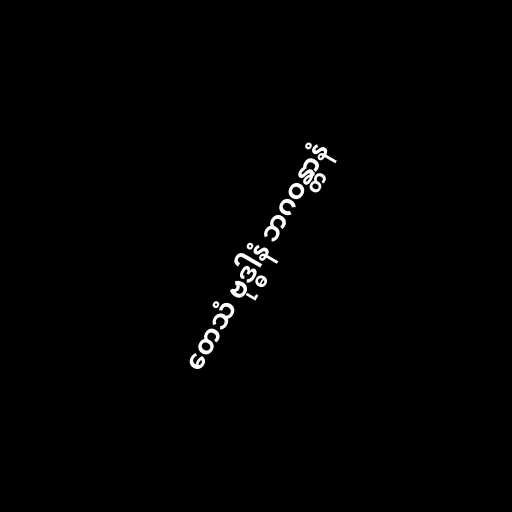
တေသံ ဗုဒ္ဓါနံ ဘဂဝန္တာနံ